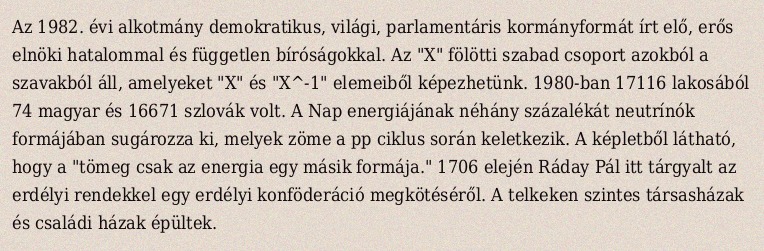
Az 1982. évi alkotmány demokratikus, világi, parlamentáris kormányformát írt elő, erős elnöki hatalommal és független bíróságokkal. Az "X" fölötti szabad csoport azokból a szavakból áll, amelyeket "X" és "X^-1" elemeiből képezhetünk. 1980-ban 17116 lakosából 74 magyar és 16671 szlovák volt. A Nap energiájának néhány százalékát neutrínók formájában sugározza ki, melyek zöme a pp ciklus során keletkezik. A képletből látható, hogy a "tömeg csak az energia egy másik formája." 1706 elején Ráday Pál itt tárgyalt az erdélyi rendekkel egy erdélyi konföderáció megkötéséről. A telkeken szintes társasházak és családi házak épültek.